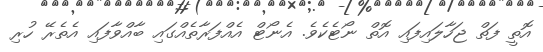
އޮތީ ފަތް ޖަހާލައިފައި އޮތް ނޯޓެކެވެ. އެނޯޓް އެއްފަރާތެއްގައި ބާއްވާފައި އެތެރޭ ހުރި